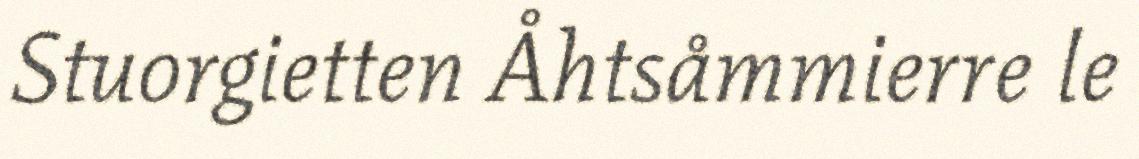
Stuorgietten Åhtsåmmierre le